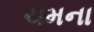
ચમના